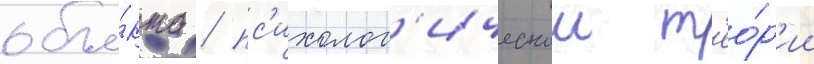
объе́кта / пс'ихолог'ическои т'ео́р'ии